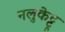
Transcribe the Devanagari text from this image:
नलुकेट्टू